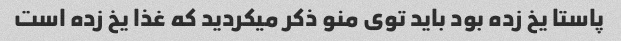
پاستا یخ زده بود باید توی منو ذکر میکردید که غذا یخ زده است